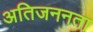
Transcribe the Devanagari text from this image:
अतिजननता